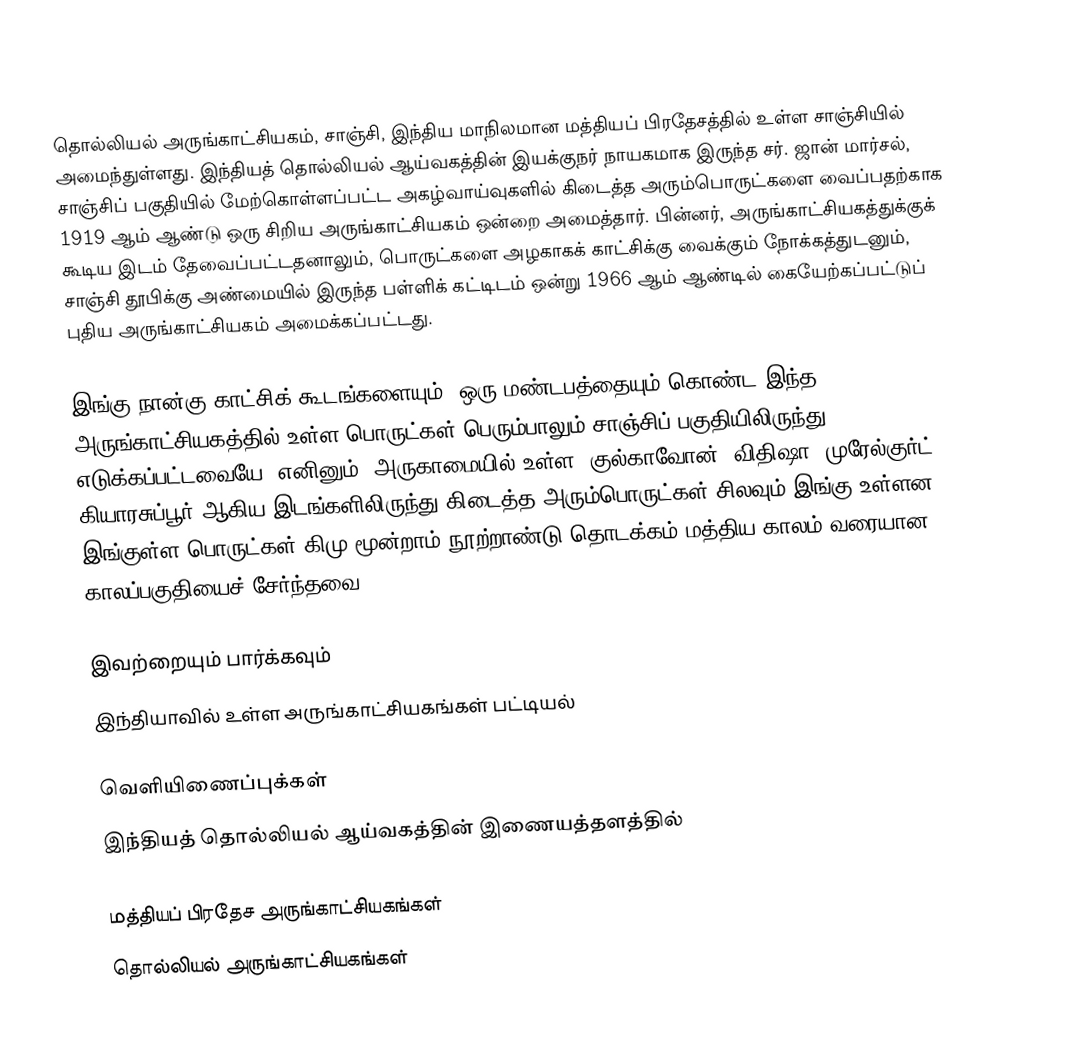
தொல்லியல் அருங்காட்சியகம், சாஞ்சி, இந்திய மாநிலமான மத்தியப் பிரதேசத்தில் உள்ள சாஞ்சியில் அமைந்துள்ளது. இந்தியத் தொல்லியல் ஆய்வகத்தின் இயக்குநர் நாயகமாக இருந்த சர். ஜான் மார்சல், சாஞ்சிப் பகுதியில் மேற்கொள்ளப்பட்ட அகழ்வாய்வுகளில் கிடைத்த அரும்பொருட்களை வைப்பதற்காக 1919 ஆம் ஆண்டு ஒரு சிறிய அருங்காட்சியகம் ஒன்றை அமைத்தார். பின்னர், அருங்காட்சியகத்துக்குக் கூடிய இடம் தேவைப்பட்டதனாலும், பொருட்களை அழகாகக் காட்சிக்கு வைக்கும் நோக்கத்துடனும், சாஞ்சி  தூபிக்கு அண்மையில் இருந்த பள்ளிக் கட்டிடம் ஒன்று 1966 ஆம் ஆண்டில் கையேற்கப்பட்டுப் புதிய அருங்காட்சியகம் அமைக்கப்பட்டது.

இங்கு நான்கு காட்சிக் கூடங்களையும், ஒரு மண்டபத்தையும் கொண்ட இந்த அருங்காட்சியகத்தில் உள்ள பொருட்கள் பெரும்பாலும் சாஞ்சிப் பகுதியிலிருந்து எடுக்கப்பட்டவையே. எனினும், அருகாமையில் உள்ள, குல்காவோன், விதிஷா, முரேல்குர்ட், கியாரசுப்பூர் ஆகிய இடங்களிலிருந்து கிடைத்த அரும்பொருட்கள் சிலவும் இங்கு உள்ளன. இங்குள்ள பொருட்கள் கிமு மூன்றாம் நூற்றாண்டு தொடக்கம் மத்திய காலம் வரையான காலப்பகுதியைச் சேர்ந்தவை.

இவற்றையும் பார்க்கவும்
 இந்தியாவில் உள்ள அருங்காட்சியகங்கள் பட்டியல்

வெளியிணைப்புக்கள்
 இந்தியத் தொல்லியல் ஆய்வகத்தின் இணையத்தளத்தில்

மத்தியப் பிரதேச அருங்காட்சியகங்கள்
தொல்லியல் அருங்காட்சியகங்கள்